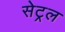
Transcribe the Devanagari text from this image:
सेट्रल